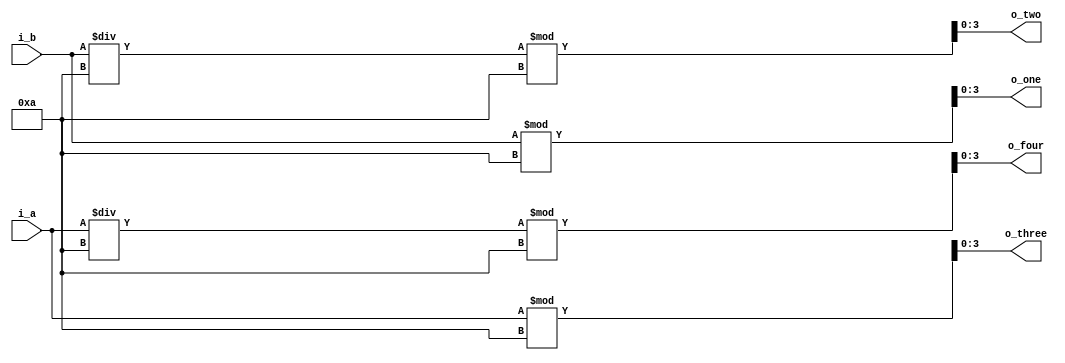
module digit_divider_sec(
    input [5:0] i_a,
    input [6:0] i_b,
    output [3:0] o_four, o_three, o_two, o_one
    );

    assign o_four = i_a/10%10;
    assign o_three = i_a%10;
    assign o_two = i_b/10%10;
    assign o_one = i_b%10;
endmodule